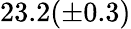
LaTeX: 23.2(\pm 0.3)